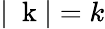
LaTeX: |\mathrm{~\mathbf~k~}|=k